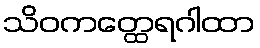
သိဝကတ္ထေရဂါထာ